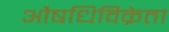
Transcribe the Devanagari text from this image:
औषधिविक्रेता